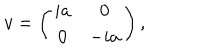
LaTeX: v = \left( \begin{array} { c c } { { i a } } & { { 0 } } \\ { { 0 } } & { { - i a } } \\ \end{array} \right) ,